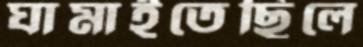
ঘামাইতেছিলে